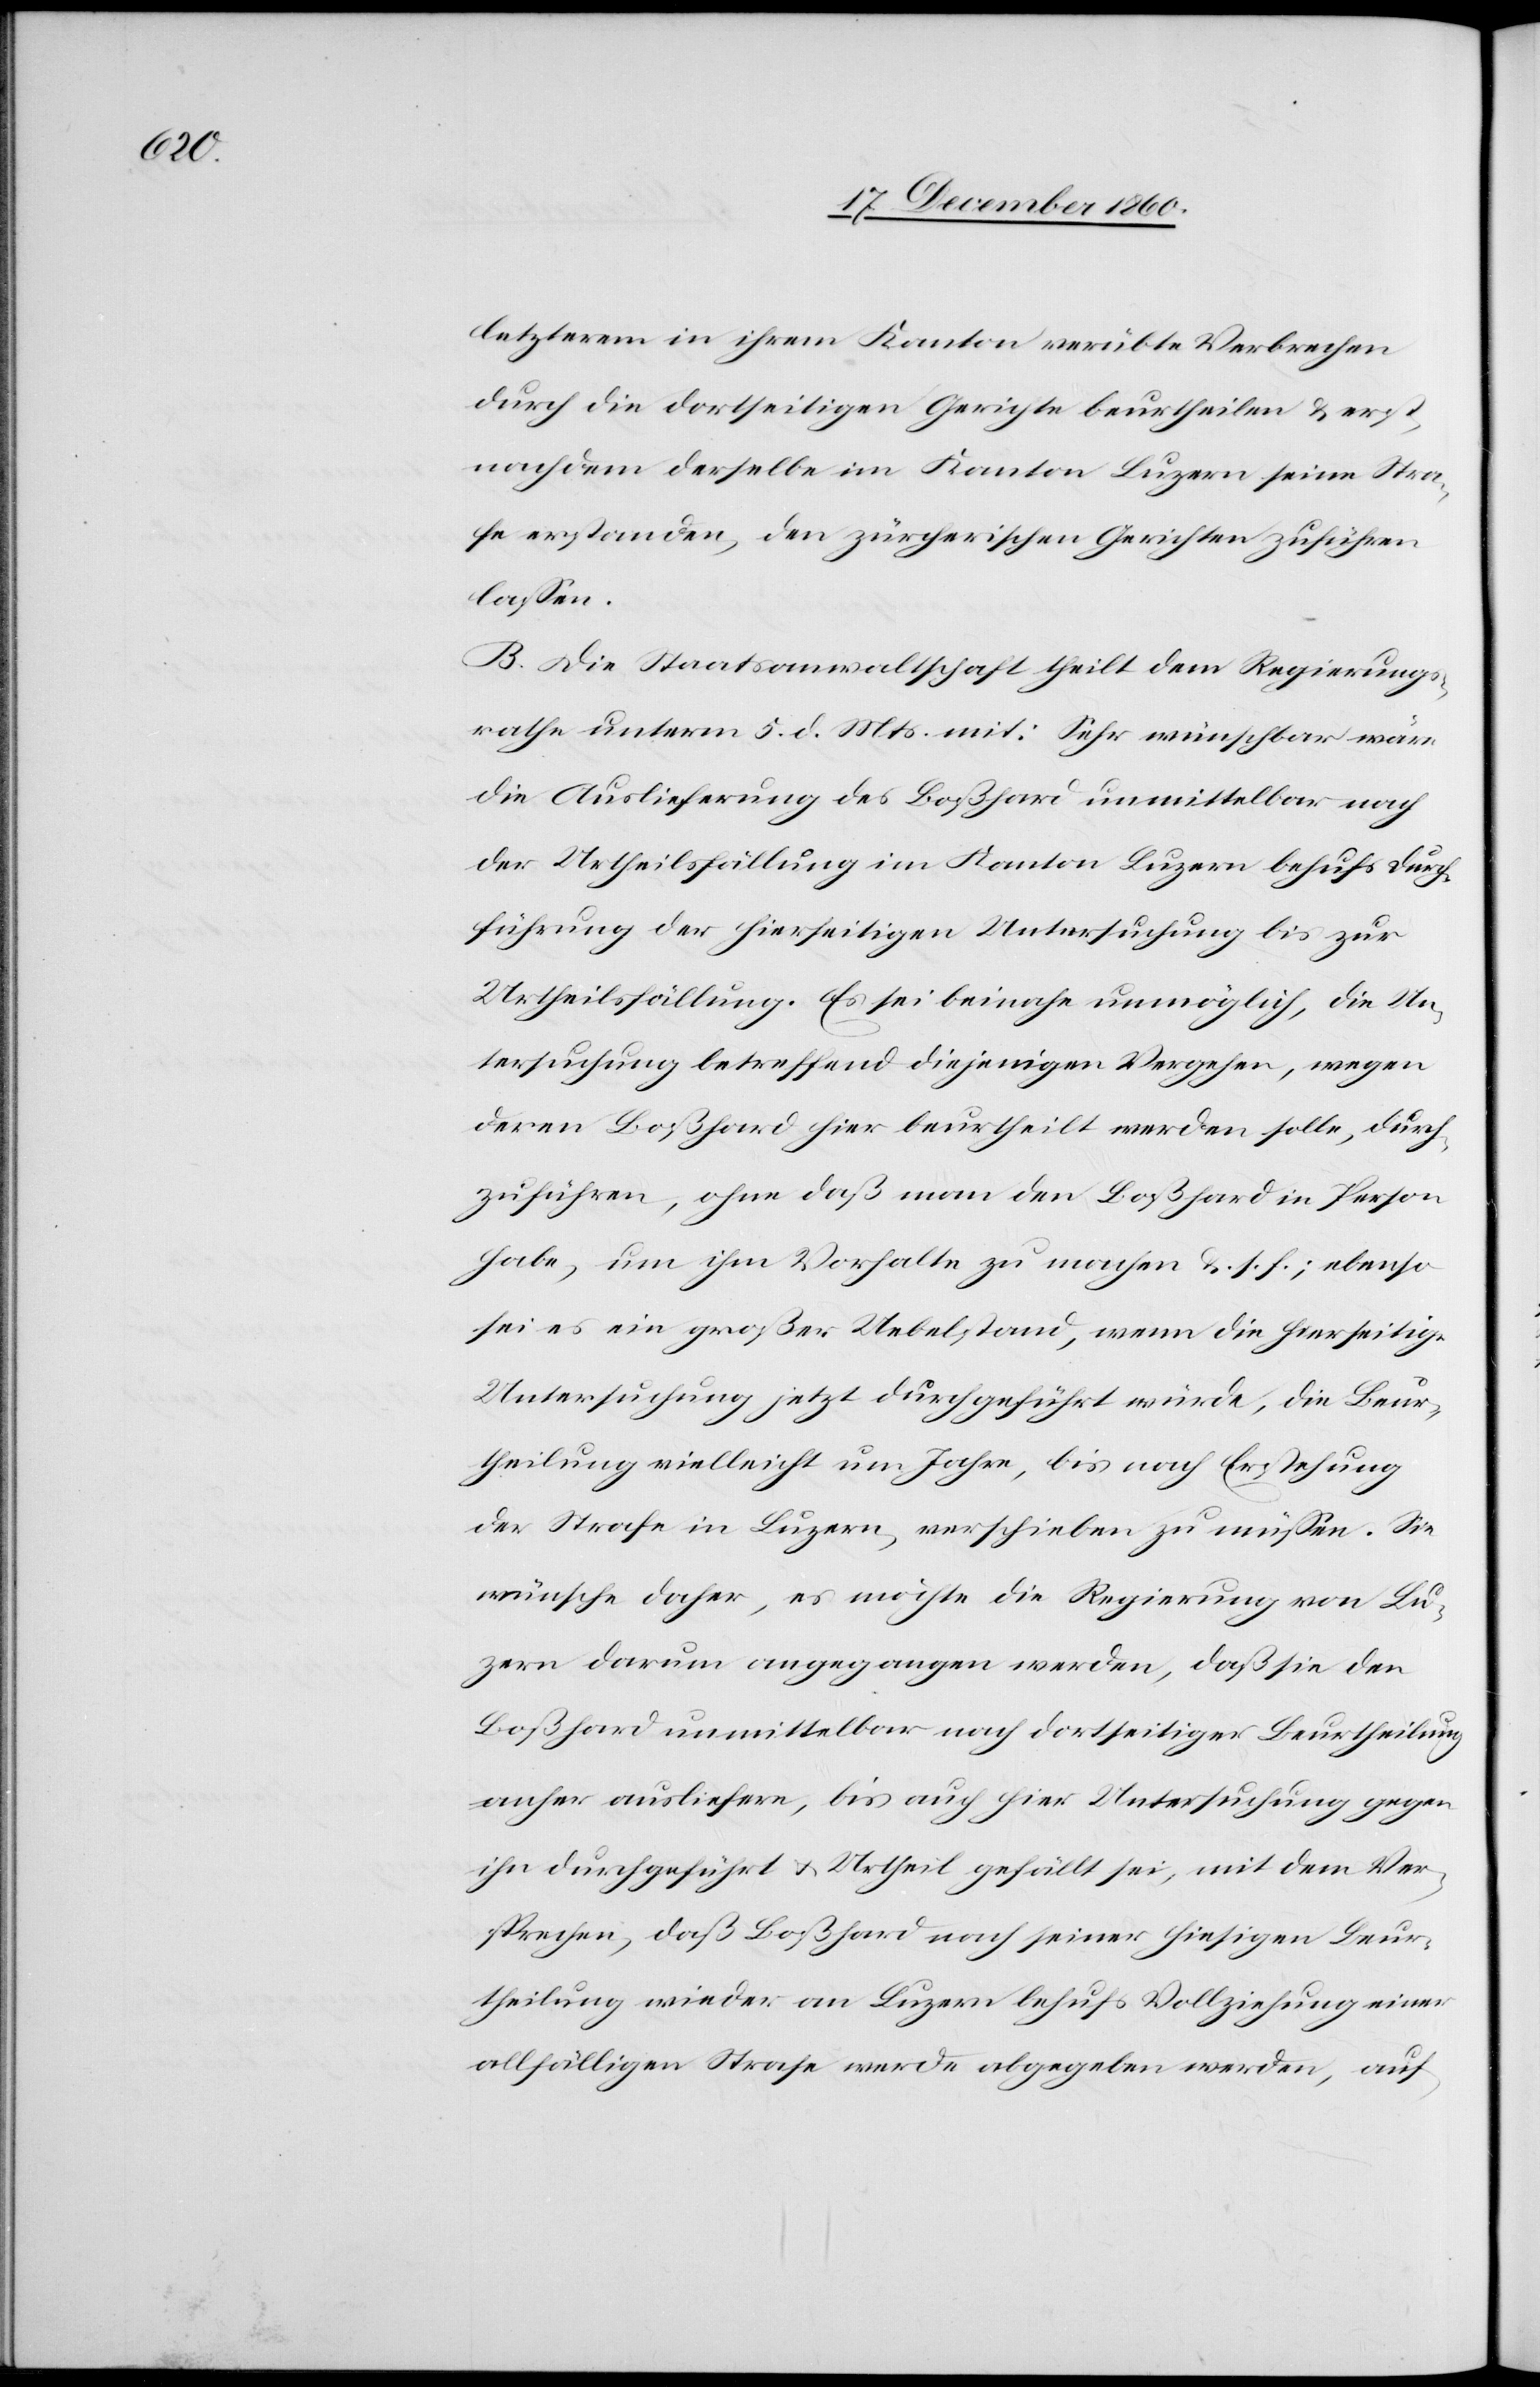
letzterem in ihrem Kanton verübte Verbrechen
durch die dortseitigen Gerichte beurtheilen u. erst,
nachdem derselbe im Kanton Luzern seine Stra¬
fe erstanden, den zürcherischen Gerichten zuführen
lassen.
B. Die Staatsanwaltschaft theilt dem Regierungs¬
rathe unterm 5. d. Mts. mit: Sehr wünschbar wäre
die Auslieferung des Boßhard unmittelbar nach
der Urtheilsfällung im Kanton Luzern behufs Durch¬
führung der hierseitigen Untersuchung bis zur
Urtheilsfällung. Es sei beinahe unmöglich, die Un¬
tersuchung betreffend diejenigen Vergehen, wegen
deren Boßhard hier beurtheilt werden solle, durch¬
zuführen, ohne daß man den Boßhard in Person
habe, um ihm Vorhalte zu mache u. s. f.; ebenso
sei es ein großer Uebelstand, wenn die hierseitige
Untersuchung jetzt durchgeführt würde, die Beur¬
theilung vielleicht um Jahre, bis nach Erstehung
der Strafe in Luzern, verschieben zu müssen. Sie
wünsche daher, es möchte die Regierung von Lu¬
zern darum angegangen werden, daß sie den
Boßhard unmittelbar nach dortseitiger Beurtheilung
anher ausliefere, bis auch hier Untersuchung gegen
ihn durchgeführt u. Urtheil gefällt sei, mit dem Ver¬
sprechen, daß Boßhard nach seiner hiesigen Beur¬
theilung wieder an Luzern behufs Vollziehung einer
allfälligen Strafe werde abgegeben werden, auf